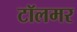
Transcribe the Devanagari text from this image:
टॉलमर